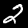
Label: 2